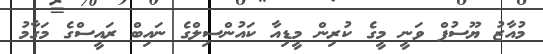
މުއާޒު ޔޫސުފް ވަނީ މީގެ ކުރިން މީޑިއާ ކައުންސިލްގެ ނައިބް ރައީސްގެ މަގާމު